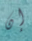
إن